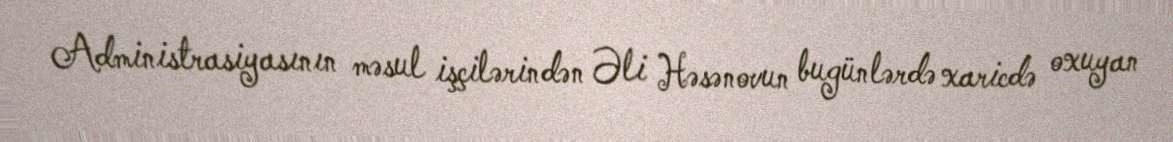
Administrasiyasının məsul işçilərindən Əli Həsənovun bugünlərdə xaricdə oxuyan